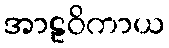
အာဠဝိကာယ